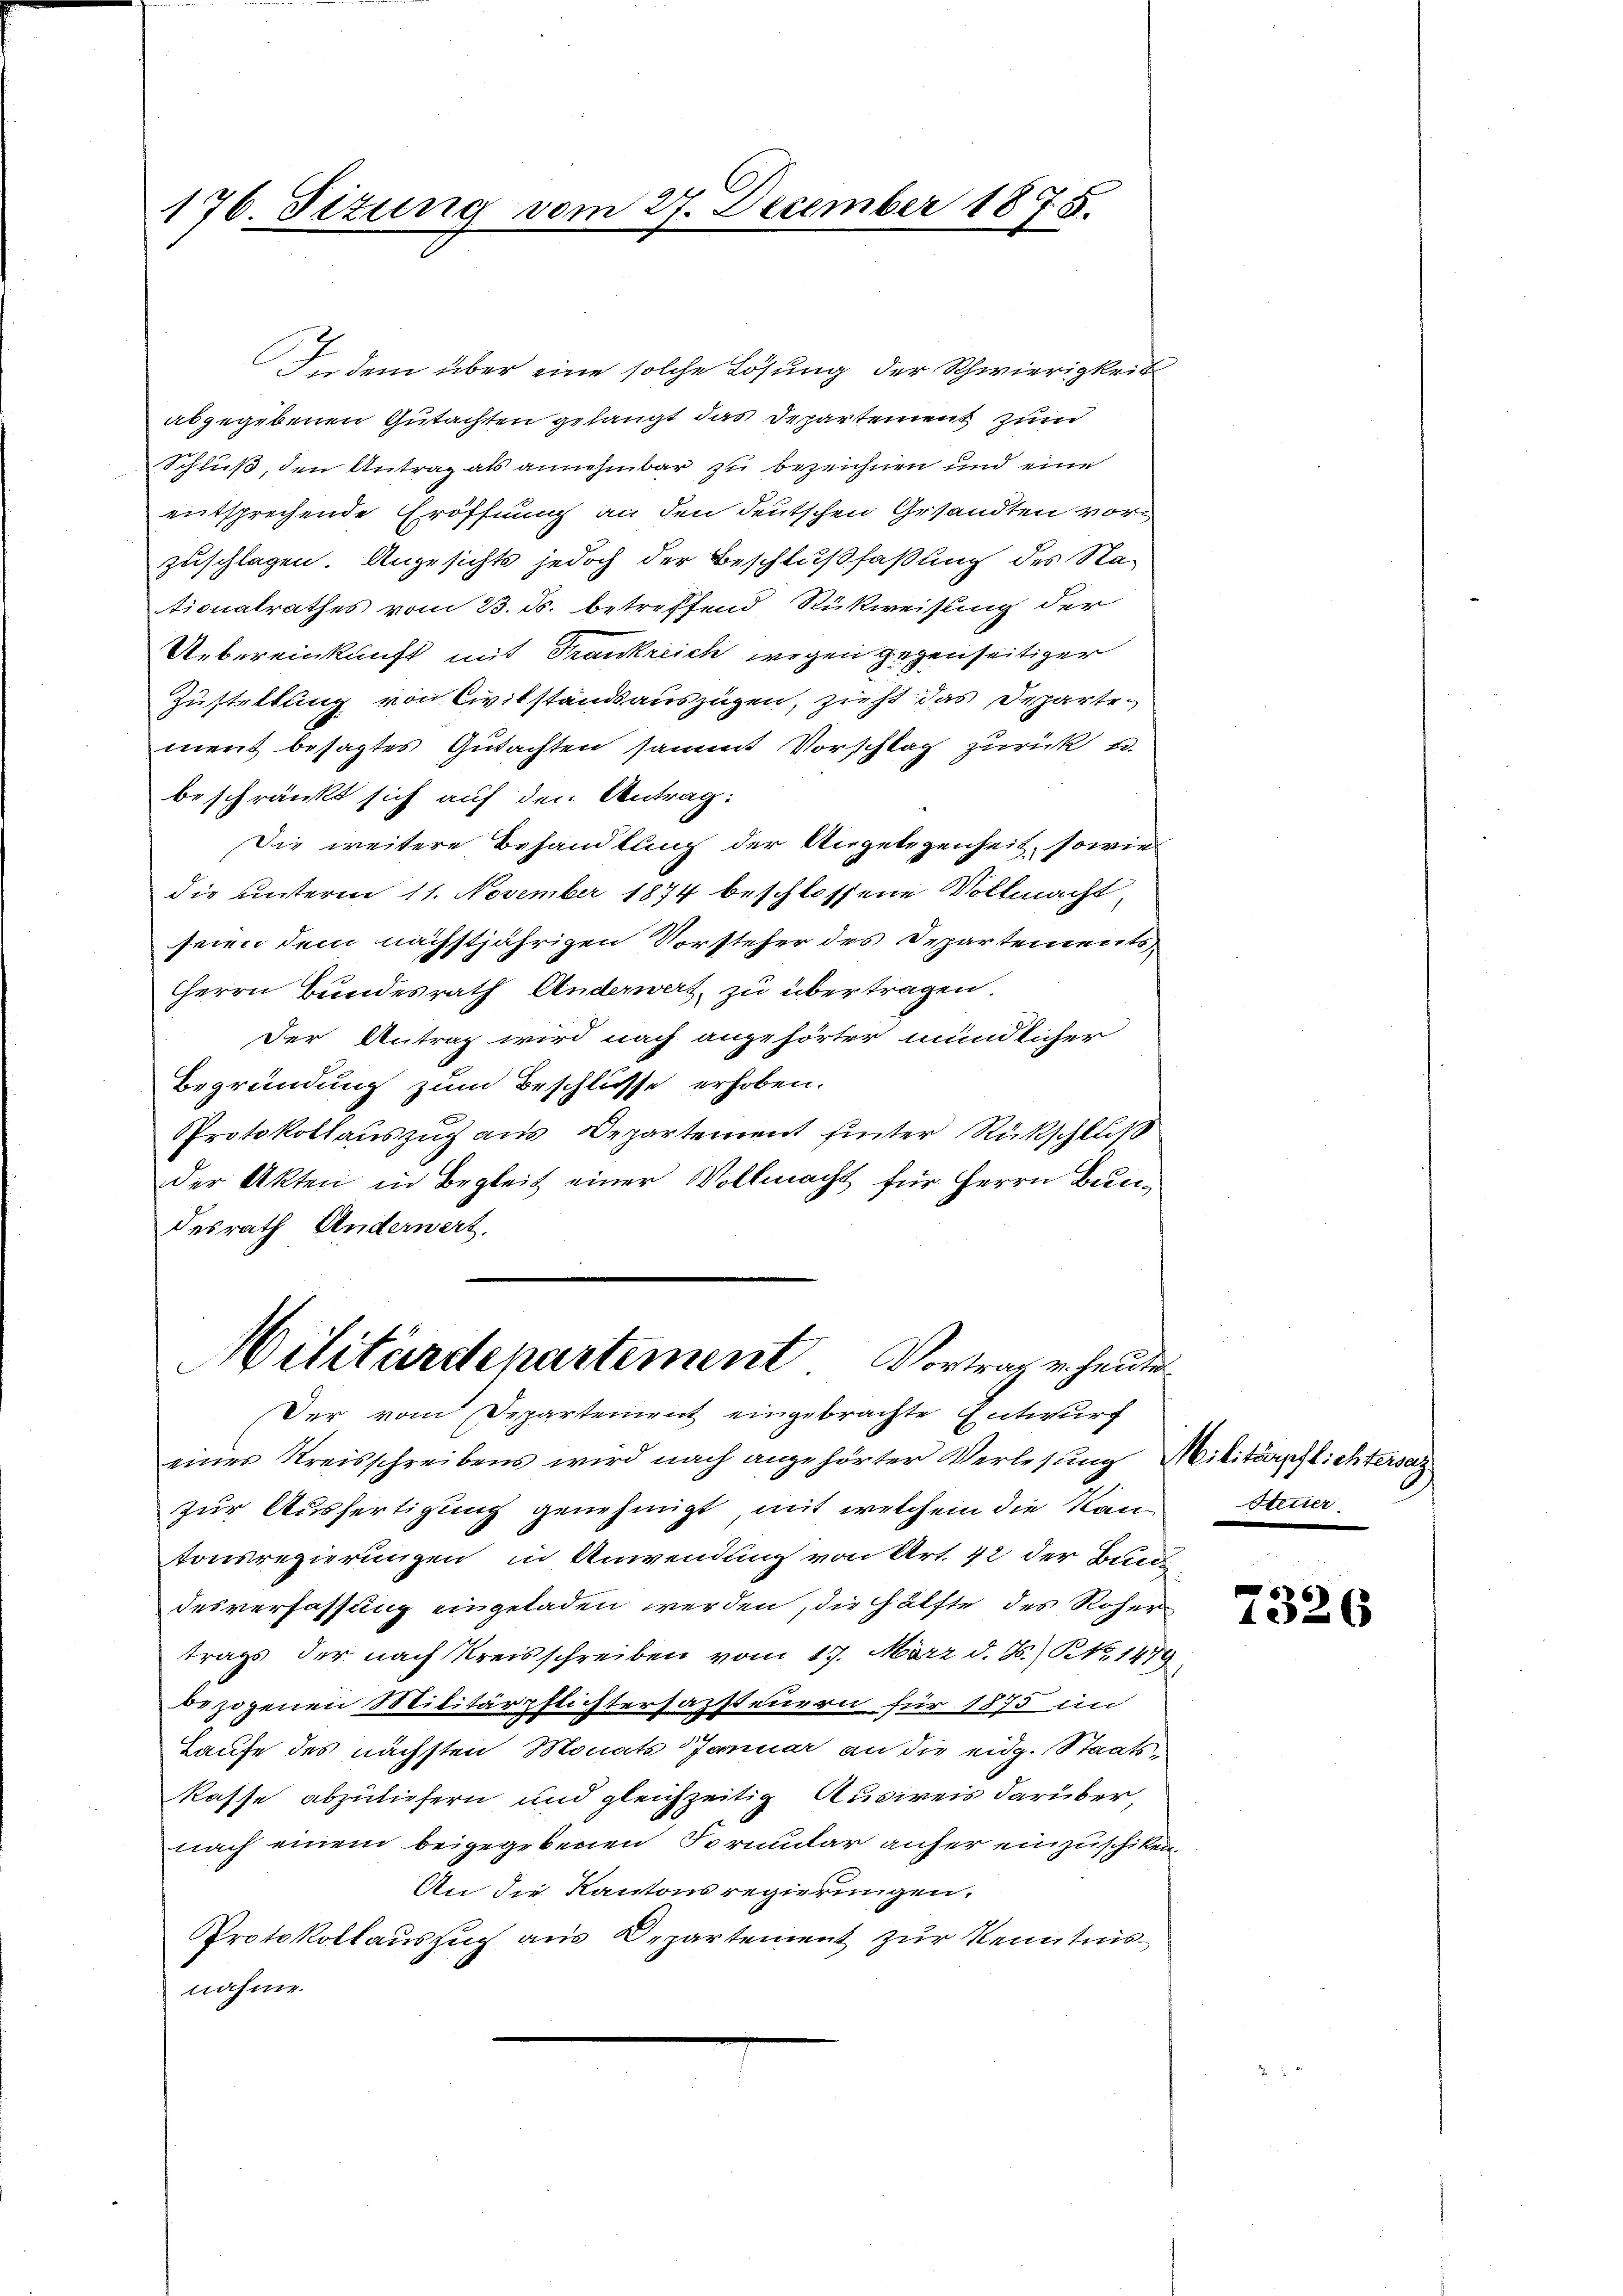
176. Situng vom 27. December 1875.

In dem über eine solche Lösung der Schwierigkeit
abgegebenen Gutachten gelangt das Departement zum
Schluß, den Antrag als annehmbar zu bezeichnen und eine
entsprechende Eröffnung an den deutschen Gesandten vorzuschlagen. Angesichts jedoch der Beschlußfaßung des Na-
tionalrathes vom 23. ds. betreffend Rückweisung der
Uebereinkunft mit Frankreich wegen gegenseitiger
Zustellung von Civilstandsauszügen, zieht das Departement besagtes Gutachten sammt Vorschlag zurück u.
beschränkt sich auf den Antrag:
Die weitere Behandlung der Ungelegenheit, sowie
die unterm 11. November 1874 beschlossene Vollmacht,
seien dem nächstjährigen Vorsteher des Departements,
HHerrn Bundesrath Anderwert, zu übertragen.
Der Antrag wird nach angehörter mündlicher
Begründung zum Beschlüsse erhoben.
Protokollauszug aus Departement hinter Rückschluß
der Akten in Begleit einer Vollmacht für Herrn Bundesrath Anderwert,
Militärdepartement Vortrag u. heute
Der vom Departement eingebrachte Entwurf
eines Kreisschreibens wird nach angehörter Verlesung Militärpflichterse
zur Ausfertigung genehmigt, mit welchem die Kantonsregierungen in Anwendung von Art. 42 der Bund
desverfassung eingeladen werden, die Hälfte des Roher
trags der nach Kreisschreiben vom 17. März d. J.) No 1479
bezogenen Militärpflichtersazsteuern für 1875 im
Haufe des nächsten Monats Januar an die eidg. Staats-
kasse abzuliefern und gleichzeitig Ausweis darüber,
nach einem beigegebenen Formular anher einzuschiken.
An die Kantonsregierungen.
Protokollauszug aus Departement zur Kenntnisnahme.

Stuier

7326